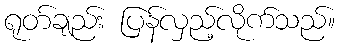
ရုတ်ချည်း ပြန်လှည့်လိုက်သည်။